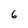
Character: 6